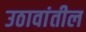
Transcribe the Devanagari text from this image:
उठावांतील